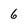
Character: 6